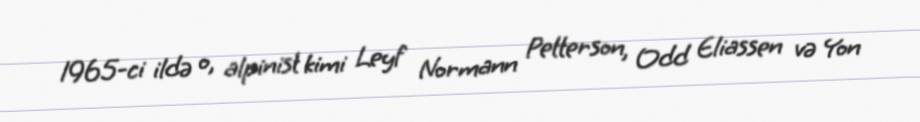
1965-ci ildə o, alpinist kimi Leyf Normann Petterson, Odd Eliassen və Yon